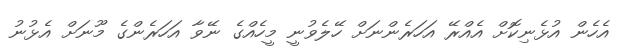
އެހެން އުޅެނިކޮށް އެއްރޭ އަހަރެންނަށް ހޭލެވުނީ މީހެއްގެ ނޭވާ އަހަރެންގެ މޫނަށް އެޅުނު